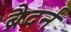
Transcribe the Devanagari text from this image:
ब्रैदर्न